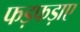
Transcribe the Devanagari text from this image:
फड़फड़ाए